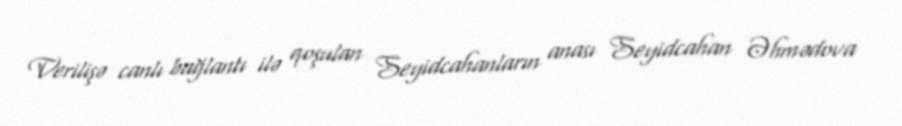
Verilişə canlı bağlantı ilə qoşulan Seyidcahanların anası Seyidcahan Əhmədova